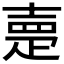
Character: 𡔰